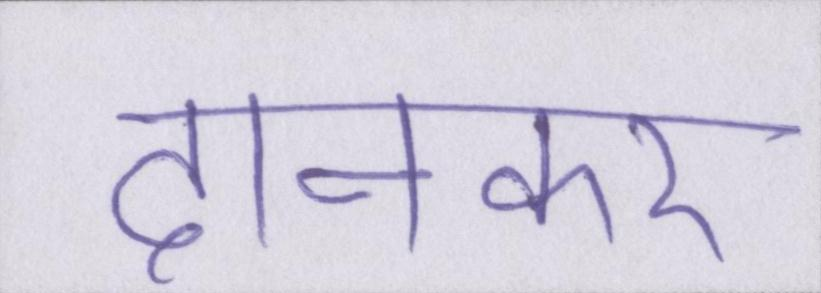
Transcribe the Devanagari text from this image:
दानकर